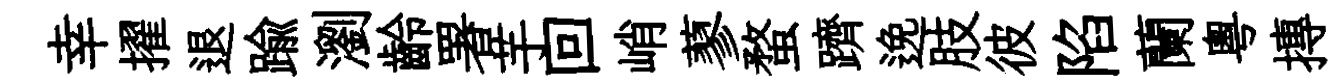
幸擢退踰瀏齡署芋回峭蓼蝥躋𨓜肢彼陷蘭粤摶